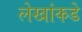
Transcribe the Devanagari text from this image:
लेखांकडे